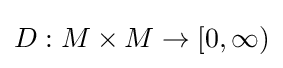
D:M\times M\to [0,\infty )